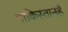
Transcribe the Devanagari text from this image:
पाकिस्तानहैं